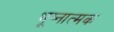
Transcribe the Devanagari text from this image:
भूष्नात्मक